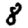
Digit: 8